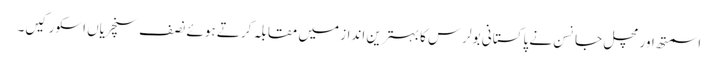
اسمتھ اور مچل جانسن نے پاکستانی بولرس کا بہترین انداز میں مقابلہ کرتے ہوئے نصف سنچریاں اسکور کیں۔